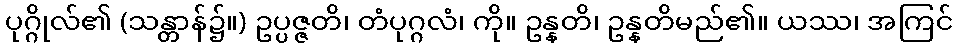
ပုဂ္ဂိုလ်၏ (သန္တာန်၌။) ဥပ္ပဇ္ဇတိ၊ တံပုဂ္ဂလံ၊ ကို။ ဥန္နတိ၊ ဥန္နတိမည်၏။ ယဿ၊ အကြင်